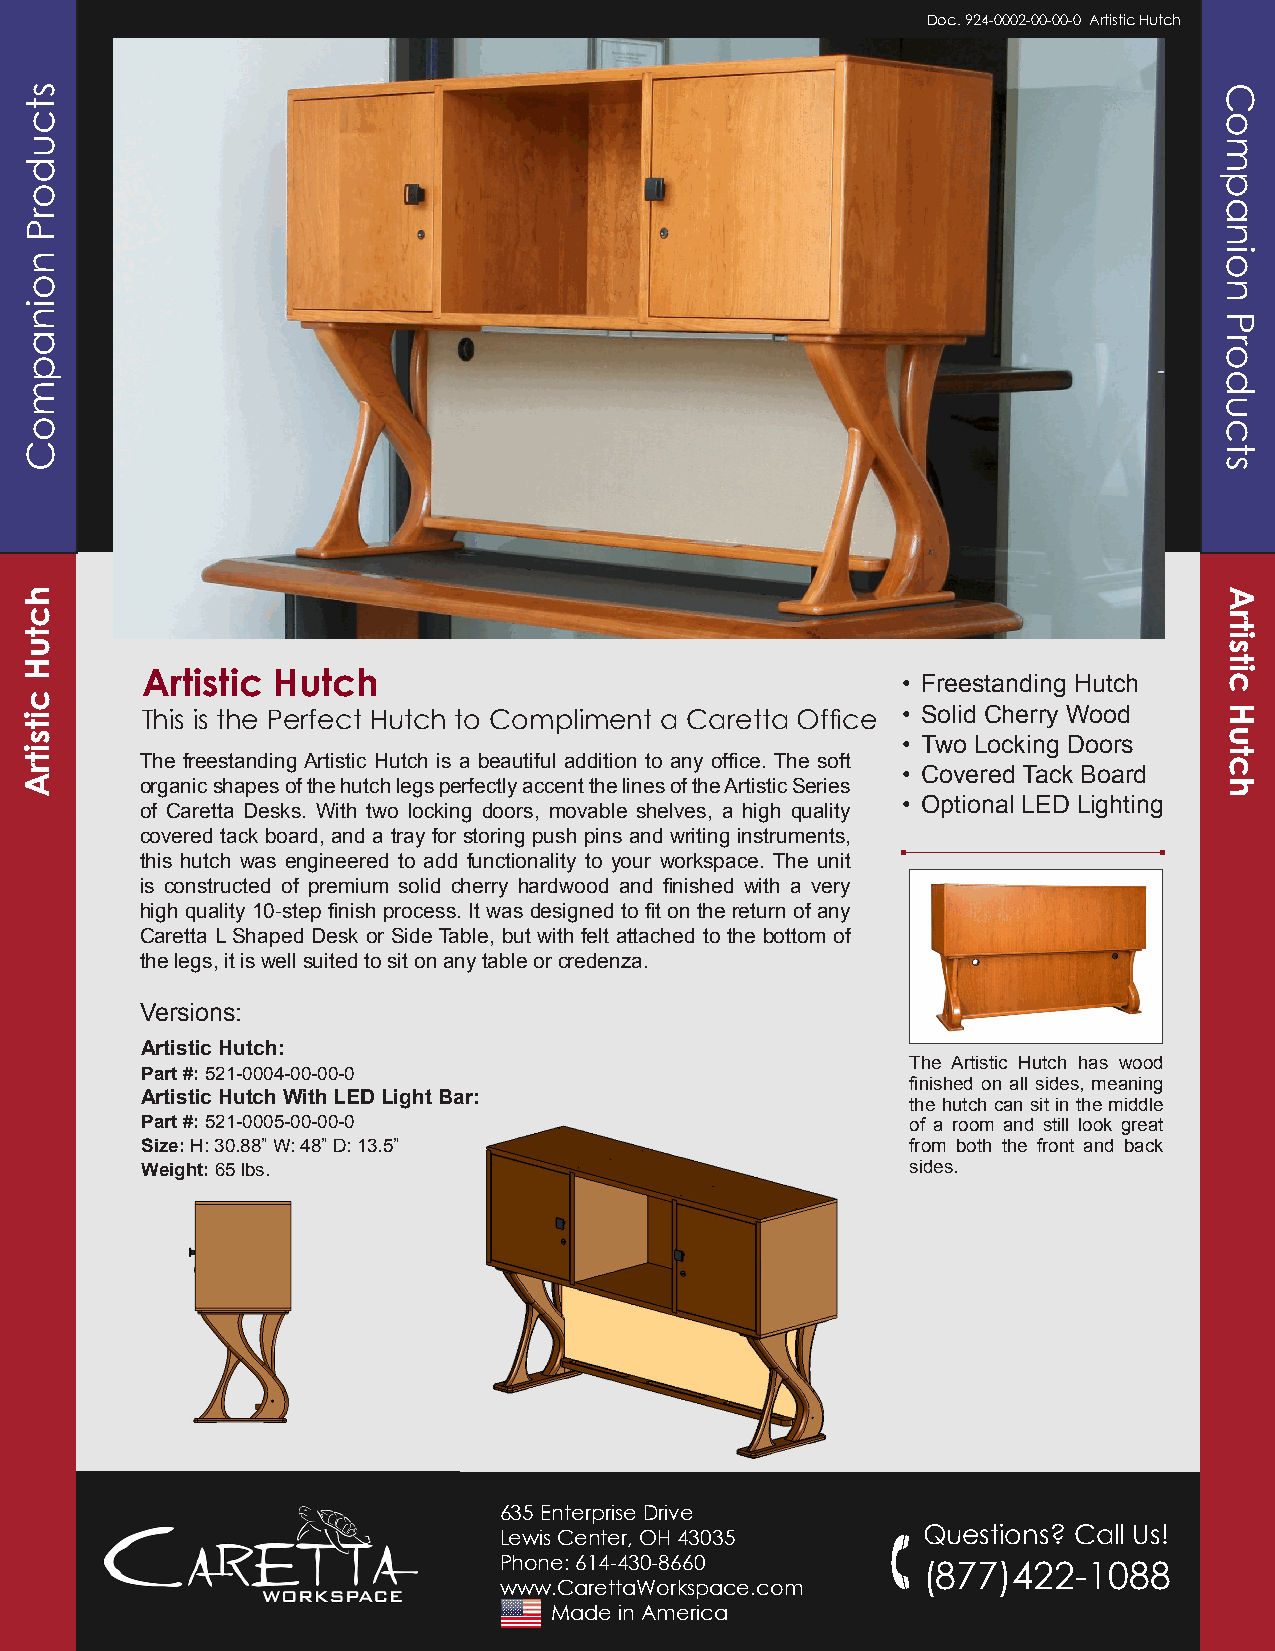
Doc. 924-0002-00-00-0 Artistic Hutch
 Artistic Hutch                                     • Freestanding Hutch
 This is the Perfect Hutch to Compliment a Caretta Office • Solid Cherry Wood
 • Two Locking Doors
 The freestanding Artistic Hutch is a beautiful addition to any office. The soft
 • Covered Tack Board
 organic shapes of the hutch legs perfectly accent the lines of the Artistic Series
 • Optional LED Lighting
 of Caretta Desks. With two locking doors, movable shelves, a high quality
 covered tack board, and a tray for storing push pins and writing instruments,
 this hutch was engineered to add functionality to your workspace. The unit
 is constructed of premium solid cherry hardwood and finished with a very
 high quality 10-step finish process. It was designed to fit on the return of any
 Caretta L Shaped Desk or Side Table, but with felt attached to the bottom of
 the legs, it is well suited to sit on any table or credenza.
 Versions:
 Artistic Hutch:
 The Artistic Hutch has wood
 Part #: 521-0004-00-00-0
 finished on all sides, meaning
 Artistic Hutch With LED Light Bar:
 the hutch can sit in the middle
 Part #: 521-0005-00-00-0                           of a room and still look great
 Size: H: 30.88” W: 48” D: 13.5”                    from both the front and back
 Weight: 65 lbs.                                    sides.
 635 Enterprise Drive
 Lewis Center, OH 43035      Questions? Call Us!
 Phone: 614-430-8660
 (877)422-1088
 www.CarettaWorkspace.com
 Made in America
 stcudorP
 noinapmoC
 hctuH
 citsitrA
 Companion
 Products
 Artistic
 Hutch